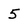
Character: 5